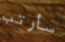
سأرتب